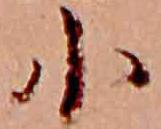
小